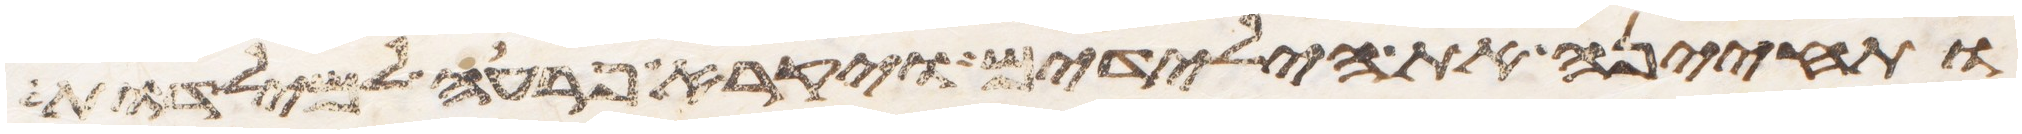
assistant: ותחינה את הילדים ויקרא פרעה למילדות